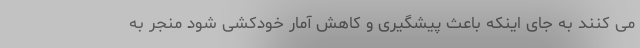
می کنند به جای اینکه باعث پیشگیری و کاهش آمار خودکشی شود منجر به